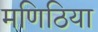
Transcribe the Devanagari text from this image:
मणिठिया